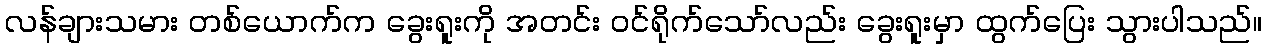
လန်ချားသမား တစ်ယောက်က ခွေးရူးကို အတင်း ဝင်ရိုက်သော်လည်း ခွေးရူးမှာ ထွက်ပြေး သွားပါသည်။